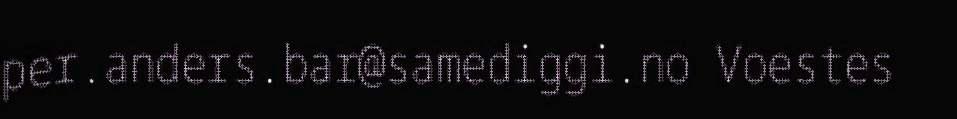
per.anders.bar@samediggi.no Voestes